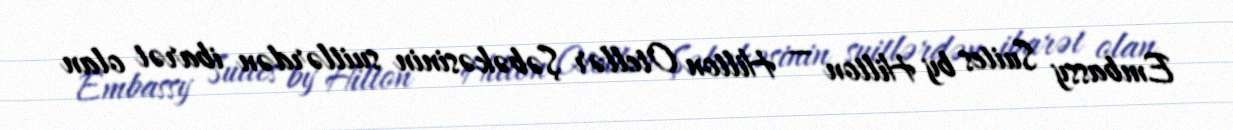
Embassy Suites by Hilton — Hilton Otellər Şəbəkəsinin suitlərdən ibarət olan